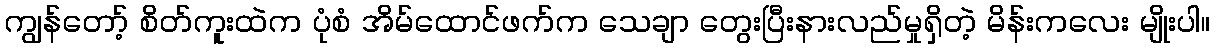
ကျွန်တော့် စိတ်ကူးထဲက ပုံစံ အိမ်ထောင်ဖက်က သေချာ တွေးပြီးနားလည်မှုရှိတဲ့ မိန်းကလေး မျိုးပါ။